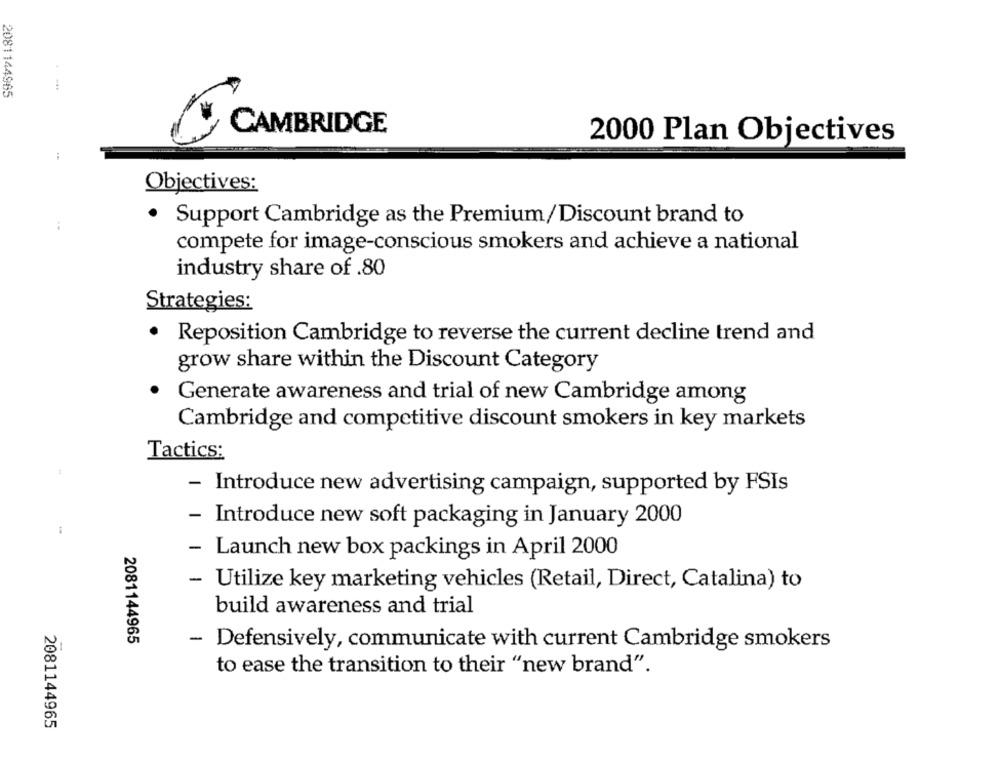
2081144965
CAMBRIDGE
2000 Plan Objectives
Objectives:
.
Support Cambridge as the Premium/Discount brand to
compete for image-conscious smokers and achieve a national
industry share of .80
Strategies:
Reposition Cambridge to reverse the current decline trend and
grow share within the Discount Category
Generate awareness and trial of new Cambridge among
Cambridge and competitive discount smokers in key markets
Tactics:
- Introduce new advertising campaign, supported by FSIs
- Introduce new soft packaging in January 2000
- Launch new box packings in April 2000
- Utilize key marketing vehicles (Retail, Direct, Catalina) to
build awareness and trial
2081144965
- Defensively, communicate with current Cambridge smokers
to ease the transition to their "new brand".
2081144965